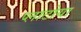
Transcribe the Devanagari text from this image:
प्लाटोया